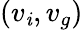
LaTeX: (v_{\mathit{i}},v_{g})